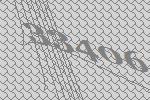
33406